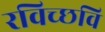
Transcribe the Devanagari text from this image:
रविच्छवि